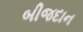
બીજદાન